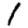
Digit: 1